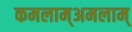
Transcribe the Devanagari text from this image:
कमलाम्अमलाम्